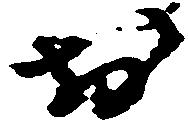
於